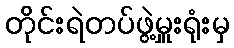
တိုင်းရဲတပ်ဖွဲ့မှူးရုံးမှ